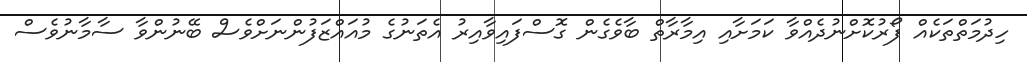
ހިދުމަތްތަކެއް ފޯރުކޮށްނުދެއްވާ ކަމަށާއި އިމާރާތް ބާވެގެން ގޮސްފައިވާއިރު އެތަނުގެ މުއައްޒަފުންނަށްވެސް ބޭނުންވާ ސާމާނުވެސް